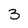
Character: 3